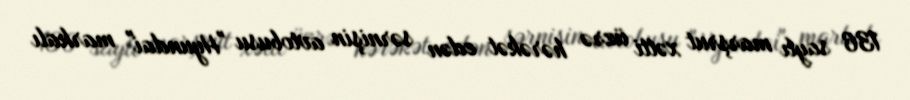
136 saylı marşrut xətti üzrə hərəkət edən sərnişin avtobusu "Hyundai" markalı